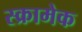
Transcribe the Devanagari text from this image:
स्क्रामेक